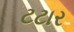
ટટાર